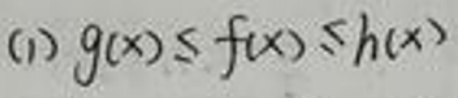
(1) \(g(x)\leq f(x)\leq h(x)\)